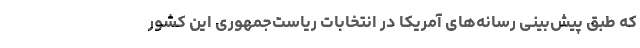
که طبق پیش‌بینی رسانه‌های آمریکا در انتخابات ریاست‌جمهوری این کشور